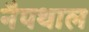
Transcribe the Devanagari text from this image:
नैपथाल